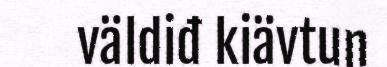
väldiđ kiävtun